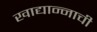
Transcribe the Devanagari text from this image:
खाद्यान्नाची